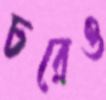
চরেও